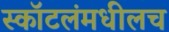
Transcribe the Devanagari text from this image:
स्कॉटलंमधीलच